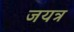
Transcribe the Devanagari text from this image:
जयत्र